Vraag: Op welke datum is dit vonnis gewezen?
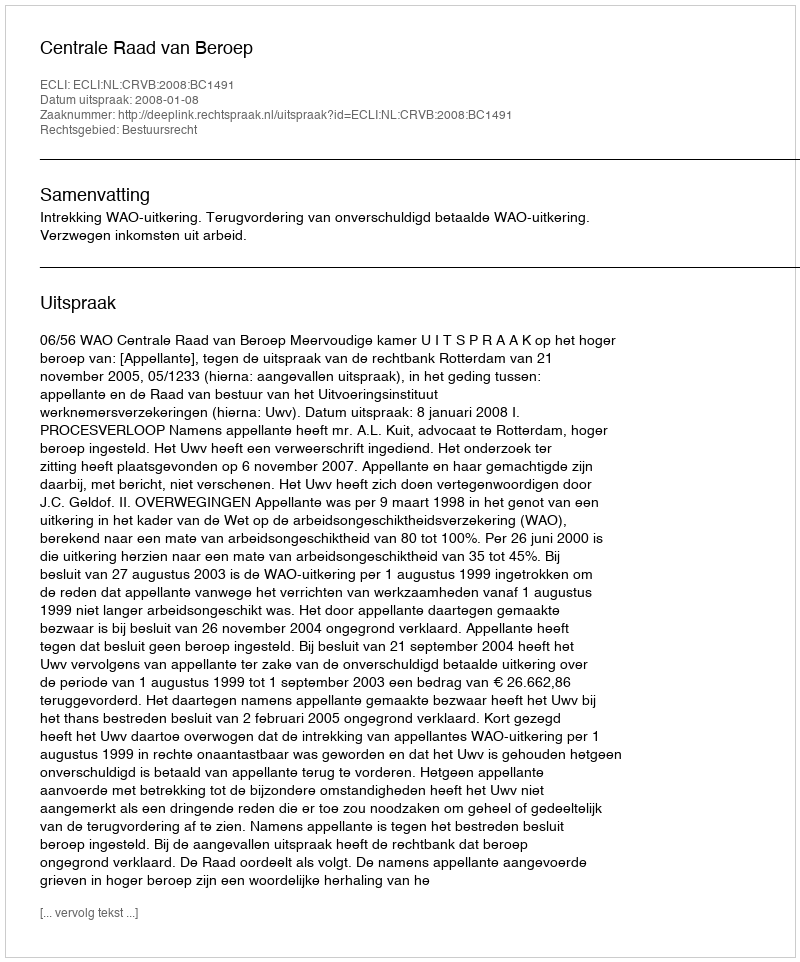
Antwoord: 2008-01-08